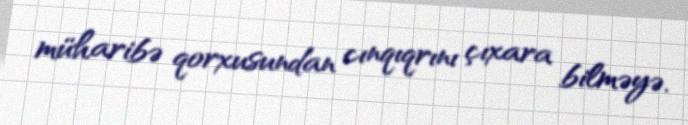
müharibə qorxusundan cınqıqrını çıxara bilməyə.